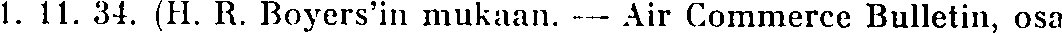
1. 11. 34. (H. R. Boyers'in mukaan. — Air Commerce Bulletin, osa